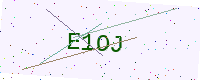
Text: E1OJ